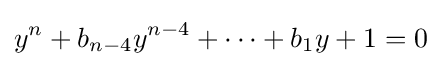
y^{n}+b_{n-4}y^{n-4}+\cdots +b_{1}y+1=0